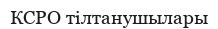
КСРО тілтанушылары